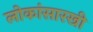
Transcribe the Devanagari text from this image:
लोकांसारखी